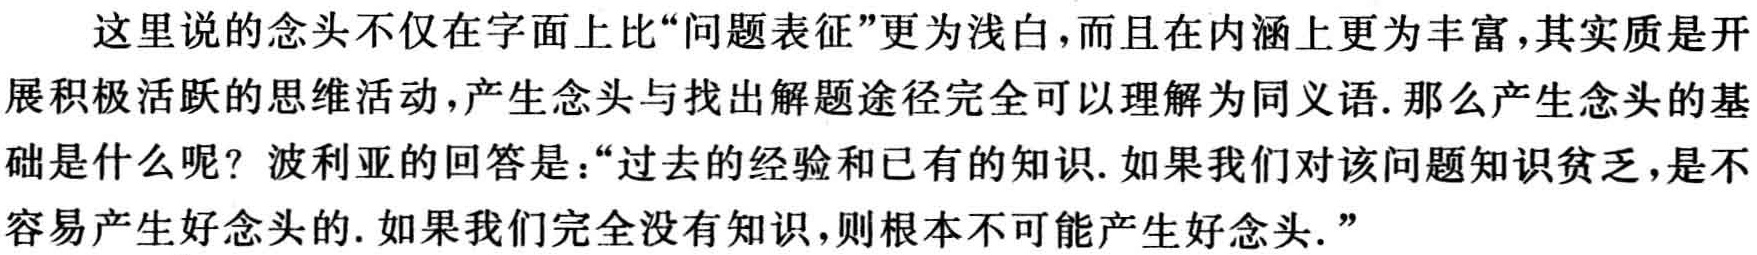
这里说的念头不仅在字面上比“问题表征”更为浅白，而且在内涵上更为丰富，其实质是开展积极活跃的思维活动，产生念头与找出解题途径完全可以理解为同义语. 那么产生念头的基础是什么呢？波利亚的回答是：“过去的经验和已有的知识. 如果我们对该问题知识贫乏，是不容易产生好念头的. 如果我们完全没有知识，则根本不可能产生好念头.”